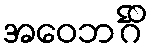
အဝေဘင်္ဂိ